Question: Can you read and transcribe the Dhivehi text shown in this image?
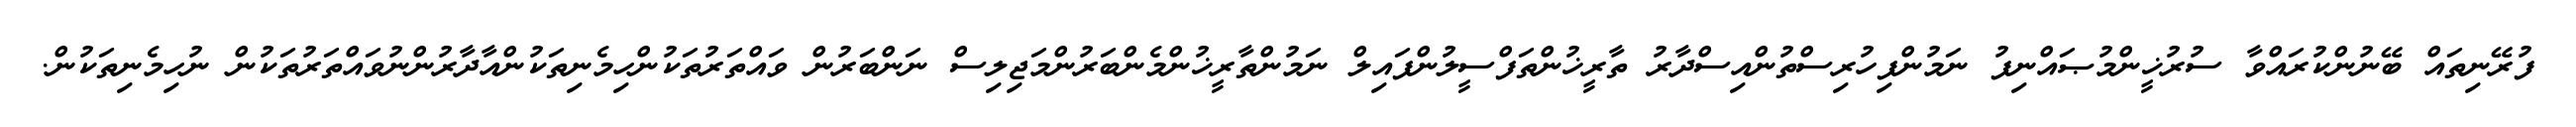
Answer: ފުރޭނިތައް ބޭނުންކުރައްވާ ސުރުޚީންމުޞައްނިފު ނަމުންފިހުރިސްތުންއިސްދާރު ތާރީޚުންތަފްސީލުންފައިލް ނަމުންތާރީޚުންމެންބަރުންމަޖިލިސް ނަންބަރުން ވައްތަރުތަކުންހިމެނިތަކުންއާދާރުންނުވައްތަރުތަކުން ނުހިމެނިތަކުން.